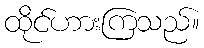
ထိုင်ဟားကြသည်။